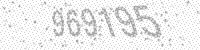
Solution: 969195